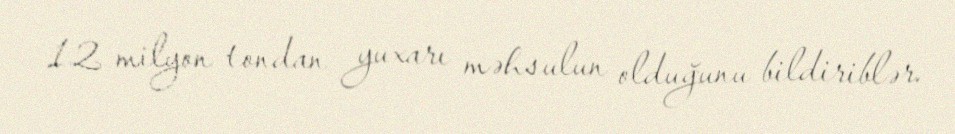
12 milyon tondan yuxarı məhsulun olduğunu bildiriblər.